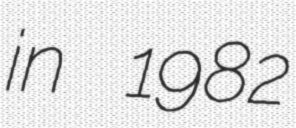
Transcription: in 1982